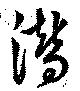
潜